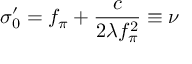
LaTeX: \sigma _ { 0 } ^ { \prime } = f _ { \pi } + \frac { c } { 2 \lambda f _ { \pi } ^ { 2 } } \equiv \nu